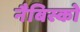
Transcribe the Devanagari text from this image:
नैबिस्को